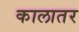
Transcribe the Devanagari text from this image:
कालातर